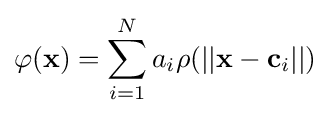
\varphi (\mathbf {x} )=\sum _{i=1}^{N}a_{i}\rho (||\mathbf {x} -\mathbf {c} _{i}||)